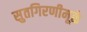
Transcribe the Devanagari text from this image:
सुतगिरणीमूळे